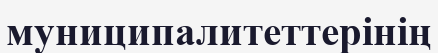
муниципалитеттерінің